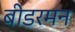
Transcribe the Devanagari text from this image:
बीडरमन